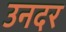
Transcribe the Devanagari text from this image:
उनदर